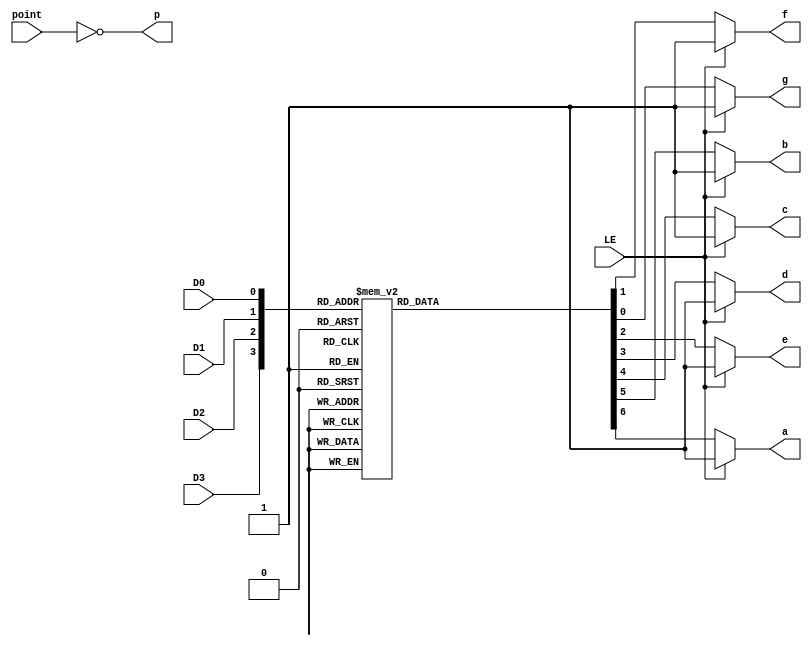
module MyMC14495(
  input D0, D1, D2, D3,
  input LE,
  input point,
  output reg p,
  output reg a, b, c, d, e, f, g
);
  wire [3:0] D   = {D3, D2, D1, D0};
  always @(*) begin
    if (LE) {a, b, c, d, e, f, g} = 7'b1111111;
    else
        case (D)
        0:    {a, b, c, d, e, f, g} = 7'b0000001;
        1:    {a, b, c, d, e, f, g} = 7'b1001111;
        2:    {a, b, c, d, e, f, g} = 7'b0010010;
        3:    {a, b, c, d, e, f, g} = 7'b0000110;
        4:    {a, b, c, d, e, f, g} = 7'b1001100;
        5:    {a, b, c, d, e, f, g} = 7'b0100100;
        6:    {a, b, c, d, e, f, g} = 7'b0100000;
        7:    {a, b, c, d, e, f, g} = 7'b0001111;
        8:    {a, b, c, d, e, f, g} = 7'b0000000;
        9:    {a, b, c, d, e, f, g} = 7'b0000100;
        4'ha: {a, b, c, d, e, f, g} = 7'b0001000;
        4'hb: {a, b, c, d, e, f, g} = 7'b1100000;
        4'hc: {a, b, c, d, e, f, g} = 7'b0110001;
        4'hd: {a, b, c, d, e, f, g} = 7'b1000010;
        4'he: {a, b, c, d, e, f, g} = 7'b0110000;
        4'hf: {a, b, c, d, e, f, g} = 7'b0111000;
        endcase
    p = ~point;
  end
endmodule